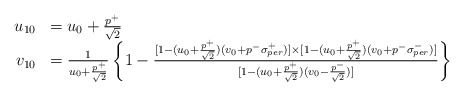
\begin{align*}\begin{array}{rl}u_{10} & = u_0 + \frac{p^+}{\sqrt{2}} \\v_{10} & = \frac{1}{u_0+\frac{p^+}{\sqrt{2}}} \left\{ 1-\frac{[1- (u_0+\frac{p^{+}}{\sqrt{2}})(v_0+p^{-}\sigma _{per}^{+})]\times [1-(u_0+\frac{p^{+}}{\sqrt{2}})(v_0+p^{-}\sigma _{per}^{-})]} {[1-(u_0+\frac{p^{+}}{\sqrt{2}})(v_0-\frac{p^{-}}{\sqrt{2}})]}\right\}\end{array}\end{align*}